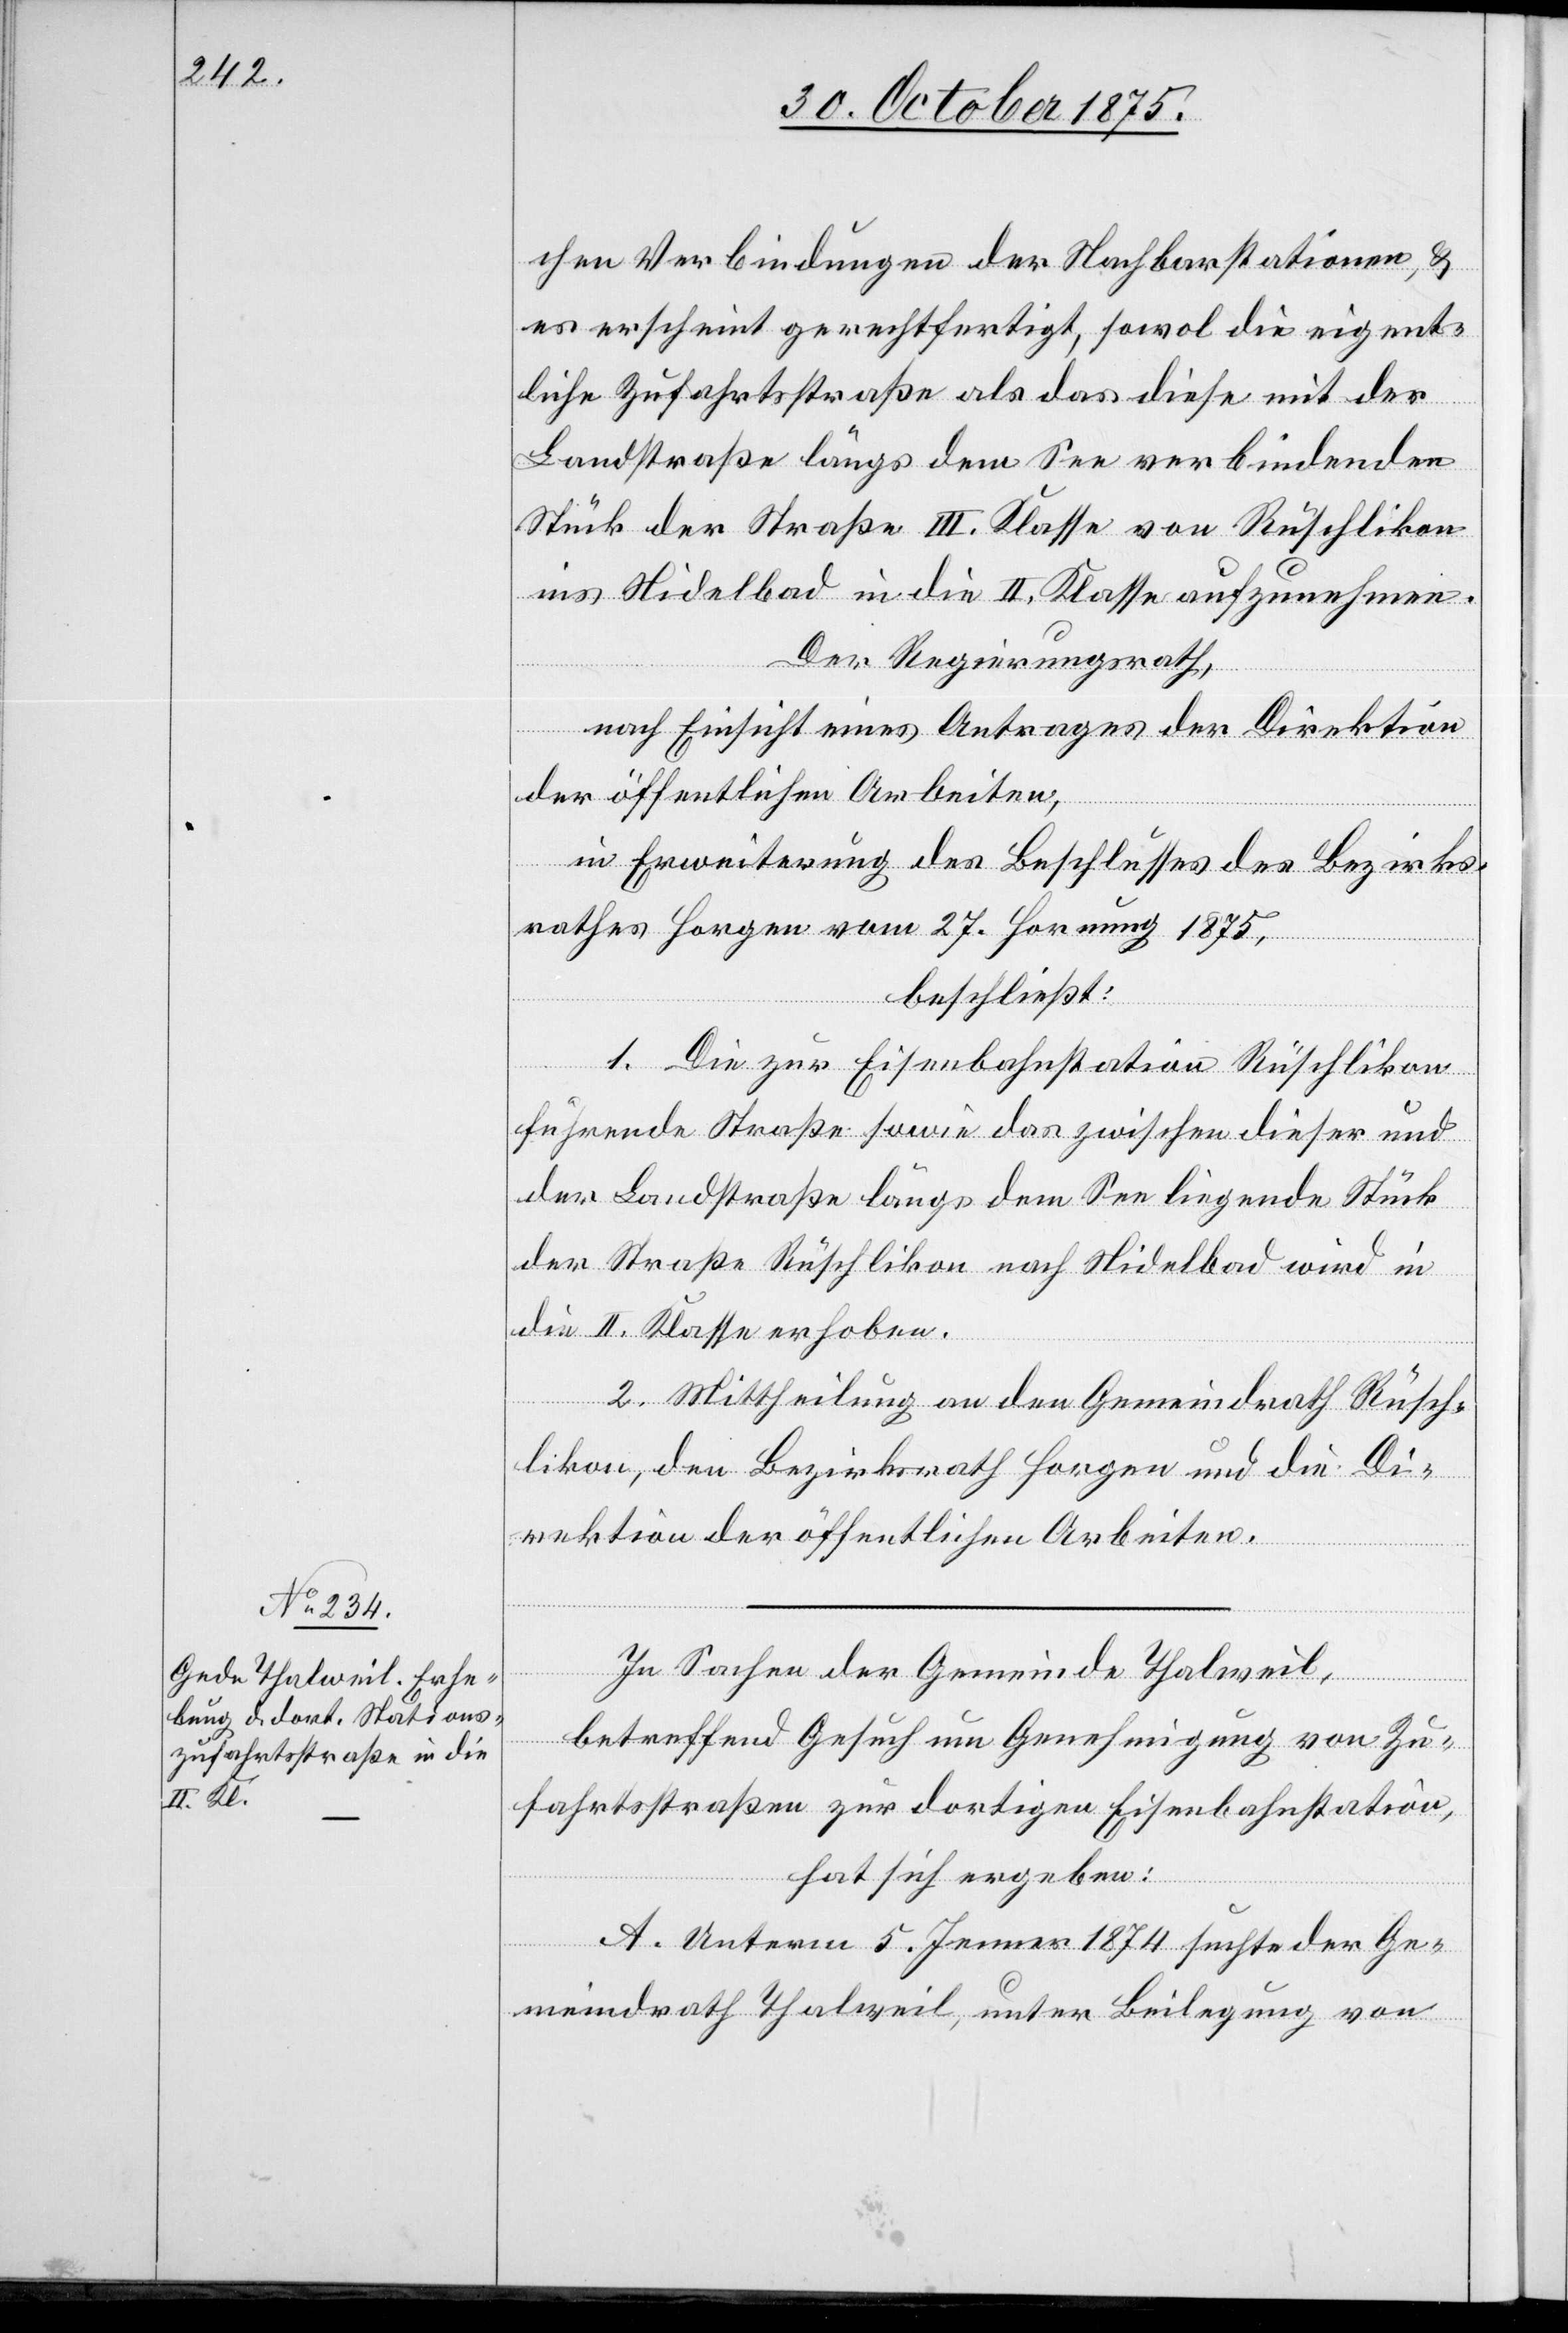
chen Verbindungen der Nachbarstationen, &
es erscheint gerechtfertigt, sowol die eigent¬
liche Zufahrtsstraße als das diese mit der
Landstraße längs dem See verbindenden
Stück der Straße III. Klasse von Rüschlikon
ins Nidelbad in die II. Klasse aufzunehmen.
Der Regierungsrath,
nach Einsicht eines Antrages der Direktion
der öffentlichen Arbeiten,
in Erweiterung des Beschlusses des Bezirks¬
rathes Horgen vom 27. Hornung 1875,
beschließt:
1. die zur Eisenbahnstation Rüschlikon
führende Straße sowie das zwischen dieser und
der Landstraße längs dem See liegende Stück
der Straße Rüschlikon nach Nidelbad wird in
die II. Klasse erhoben.
2. Mittheilung an den Gemeindrath Rüsch¬
likon, den Bezirksrath Horgen und die Di¬
rektion der öffentlichen Arbeiten.
In Sachen der Gemeinde Thalweil,
betreffend Gesuch um Genehmigung von Zu¬
fahrtsstraßen zur dortigen Eisenbahnstation,
hat sich ergeben:
A. Unterm 5. Jenner 1874 suchte der Ge¬
meindrath Thalweil, unter Beilegung von